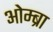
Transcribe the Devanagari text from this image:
ओम्ब्रा